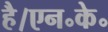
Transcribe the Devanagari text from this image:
है।एन॰के॰